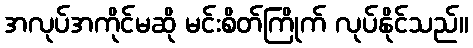
အလုပ်အကိုင်မဆို မင်းစိတ်ကြိုက် လုပ်နိုင်သည်။